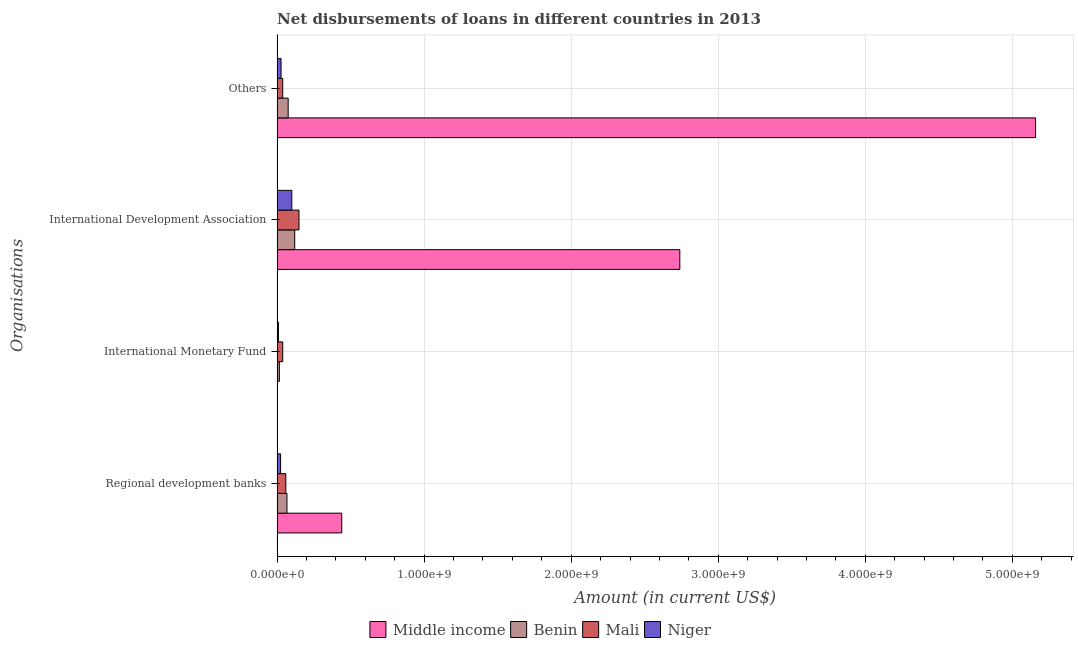
| Organisations | Middle income | Benin | Mali | Niger |
 | --- | --- | --- | --- | --- |
 | Regional development banks | 4.39e+08 | 6.69e+07 | 5.91e+07 | 2.36e+07 |
 | International Monetary Fund | 2.15e+06 | 1.52e+07 | 3.83e+07 | 8.82e+06 |
 | International Development Association | 2.74e+09 | 1.2e+08 | 1.49e+08 | 9.99e+07 |
 | Others | 5.16e+09 | 7.51e+07 | 3.81e+07 | 2.67e+07 |